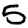
Digit: 5